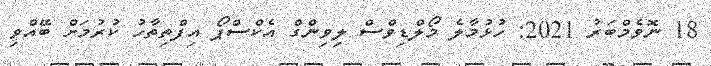
18 ނޮވެމްބަރު 2021: ހުޅުމާލެ މޯލްޑިވްސް ލިވިންގް އެކްސްޕޯ އިފްތިތާހު ކުރުމަށް ބޭއްވި